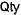
QTY